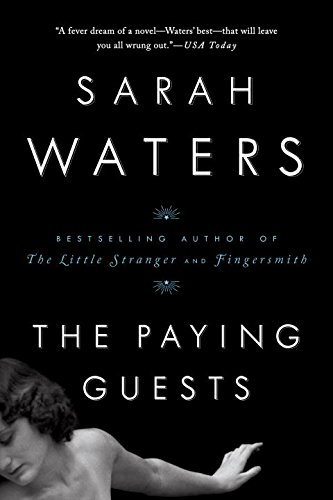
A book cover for The Paying Guests; Sarah Waters; Mystery, Thriller & Suspense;